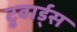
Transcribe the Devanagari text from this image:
टुवार्ड्स